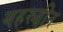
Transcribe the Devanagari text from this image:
बहरुद्दीन